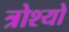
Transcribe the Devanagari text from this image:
त्रोश्यो